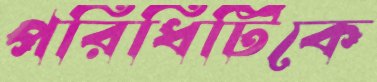
পরিধিটিকে